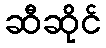
ဆီဆိုင်